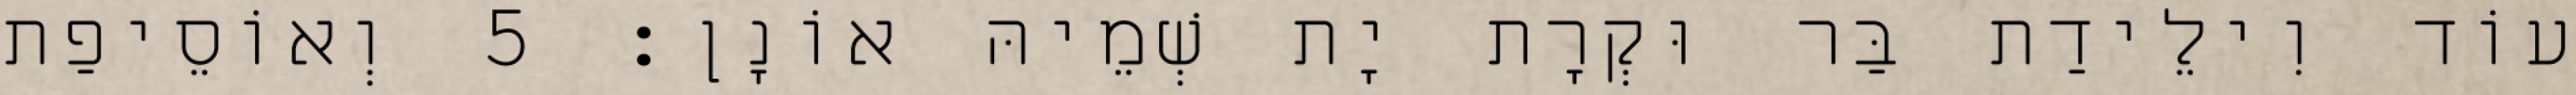
עוֹד וִילֵידַת בַּר וּקְרָת יָת שְׁמֵיהּ אוֹנָן׃ 5 וְאוֹסֵיפַת